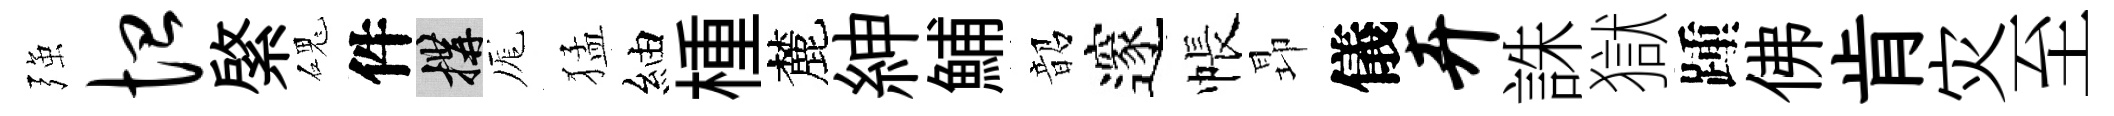
强恤綮磈件構厖猛紬㮔麓紳鯆韶邃帳昻儀卉誅獄踵佛肯灾至